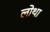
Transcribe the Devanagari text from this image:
लोथा